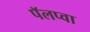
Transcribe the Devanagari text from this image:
पॅलप्वा